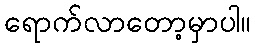
ရောက်လာတော့မှာပါ။